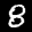
Label: 8